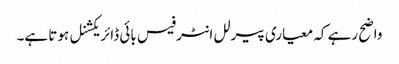
واضح رہے کہ معیاری پیرلل انٹرفیس بائی ڈائریکشنل ہوتا ہے۔